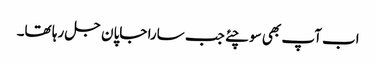
اب آپ بھی سوچئے جب سارا جاپان جل رہا تھا۔